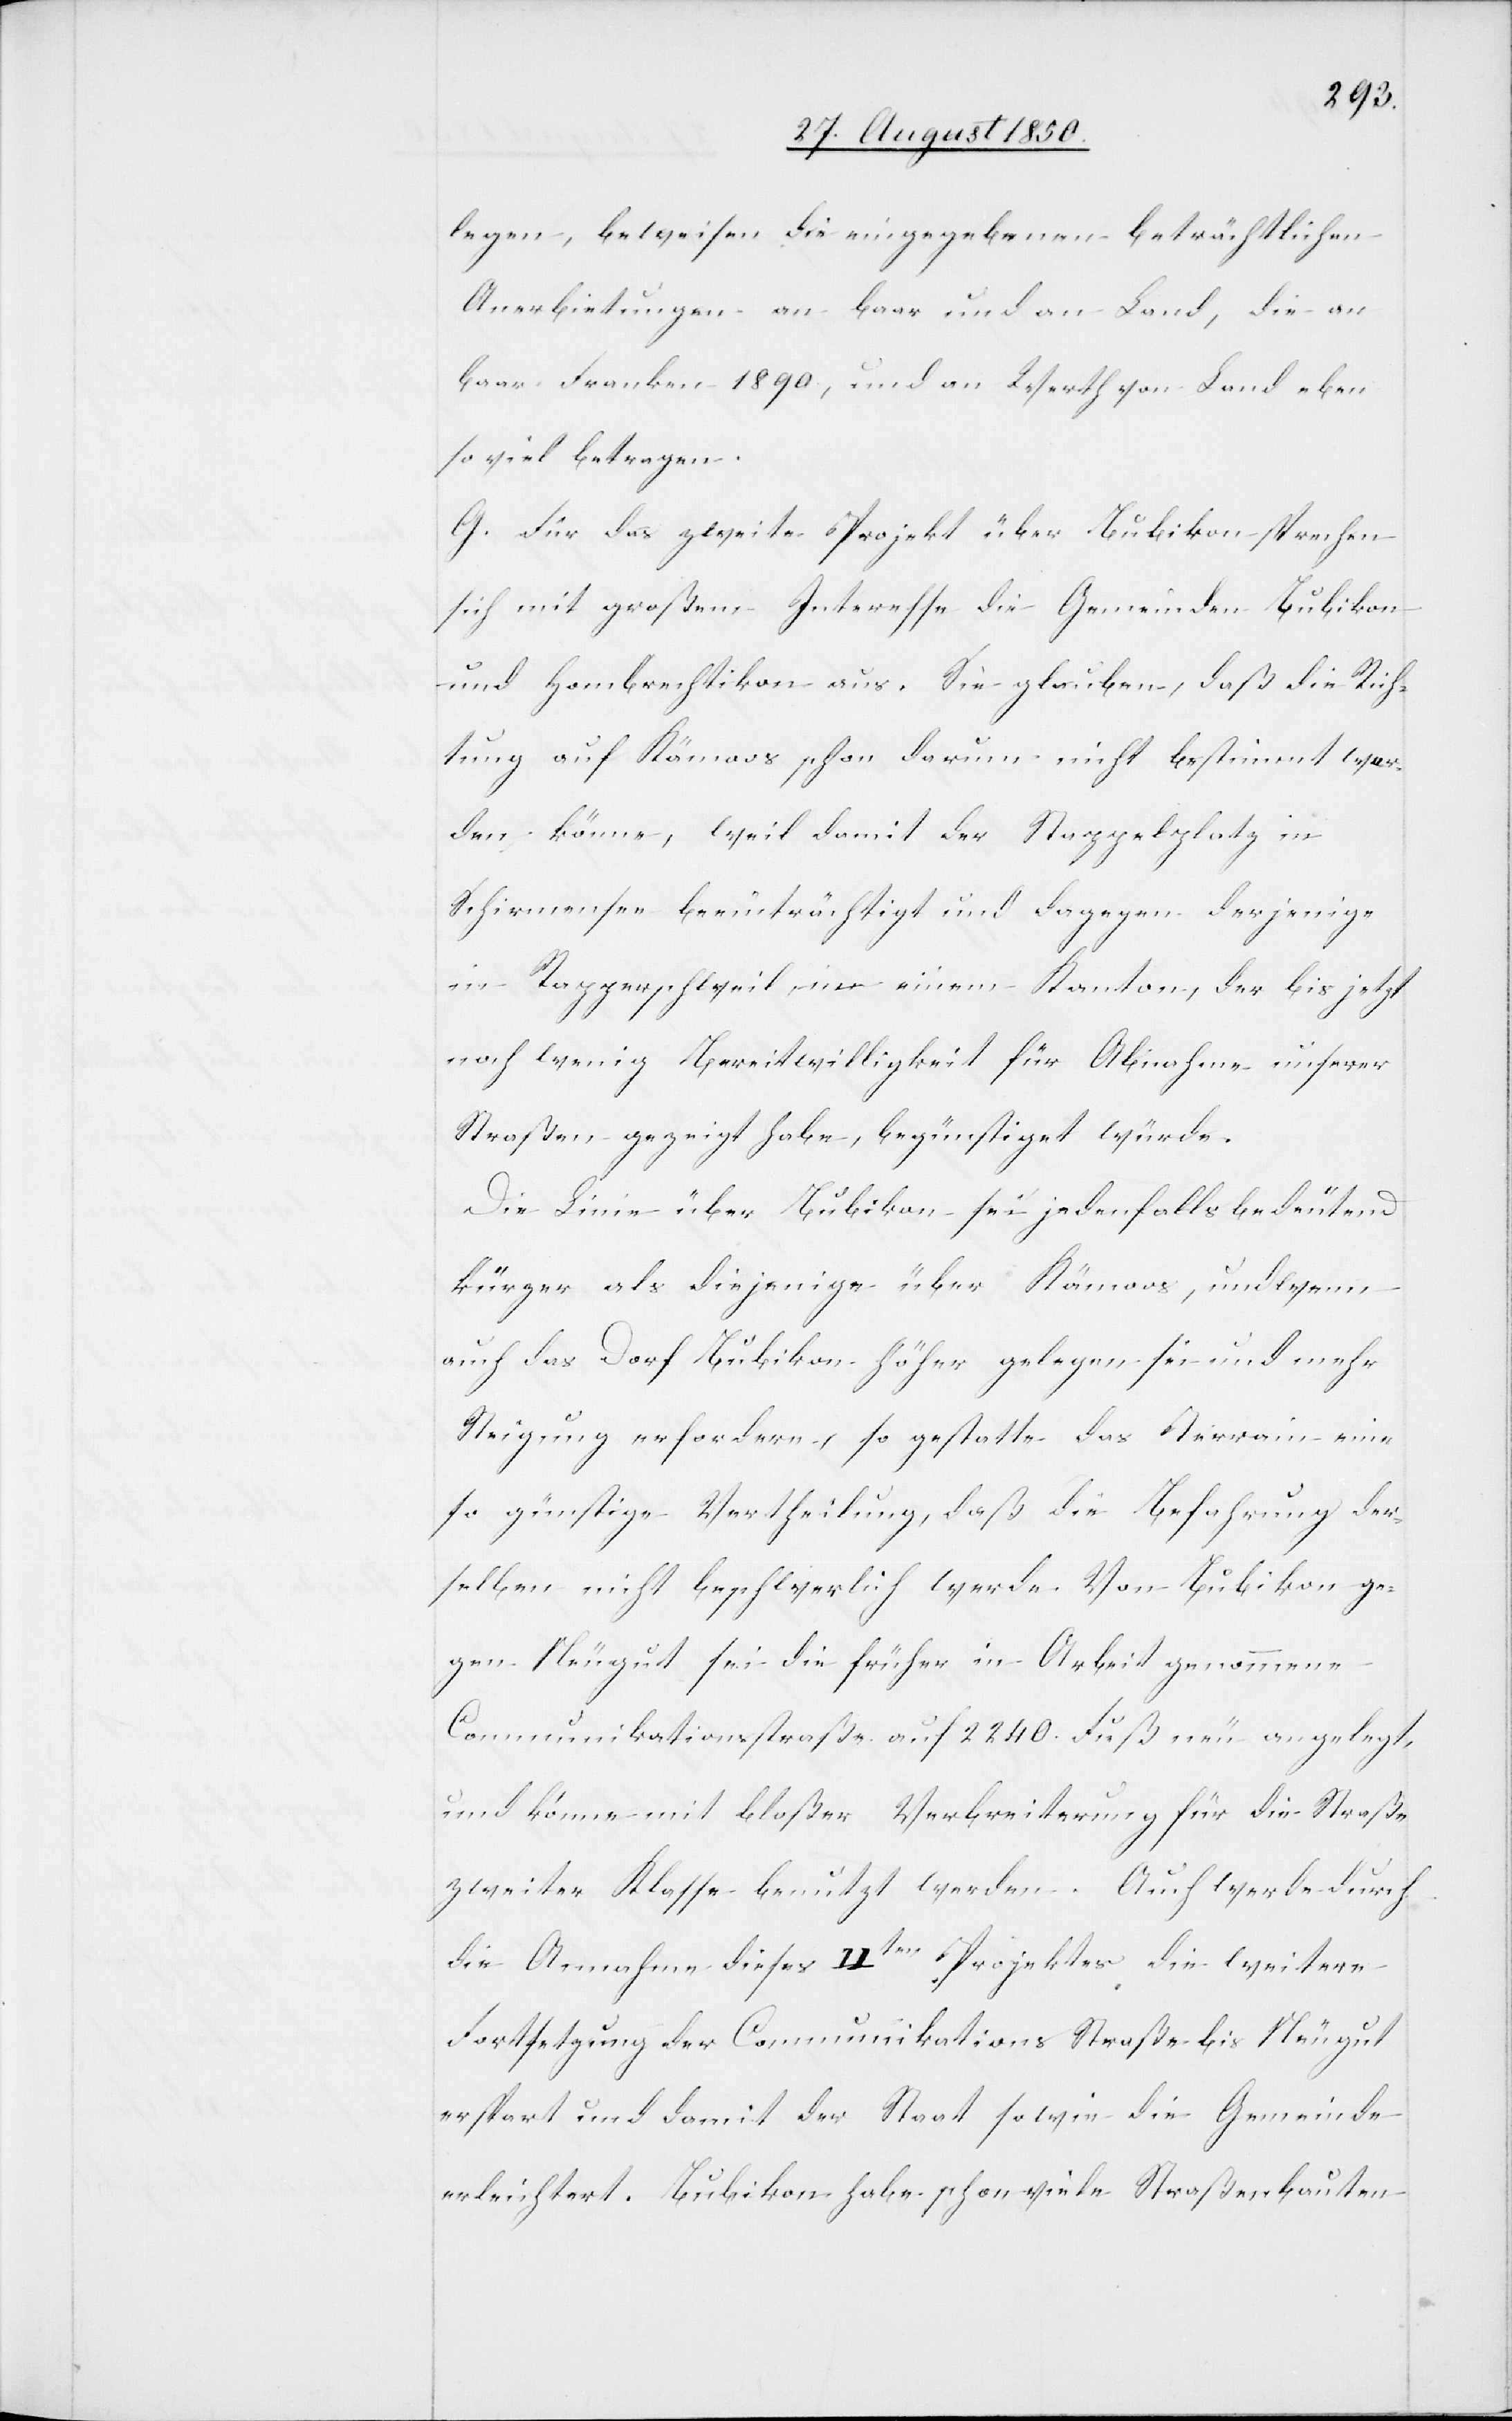
legen, beweisen die eingegebenen beträchtlichen
Anerbietungen an baar und an Land, die an
baar Franken 1890., und an Werth von Land eben
so viel betragen.
G. Für das zweite Projekt über Bubikon sprechen
sich mit großem Interesse die Gemeinden Bubikon
und Hombrechtikon aus. Sie glauben, daß die Rich¬
tung auf Kämoos schon darum nicht bestimmt wer¬
den könne, weil damit der Stappelplatz in
Schirmensee beeinträchtigt und dagegen derjenige
in Rapperschweil, in einem Kanton, der bis jetzt
noch wenig Bereitwilligkeit für Abnahme unserer
Straßen gezeigt habe, begünstiget würde.
Die Linie über Bubikon sei jedenfalls bedeutend
kürzer als diejenige über Kämoos, und wenn
auch das Dorf Bubikon höher gelegen sei und mehr
Steigung erfordern, so gestatte das Terrain eine
so günstige Vertheilung, daß die Befahrung der¬
selben nicht beschwerlich werde. Von Bubi2on ge¬
gen Neugut sei die früher in Arbeit genommene
Communikationsstraße auf 2240. Fuß neu angelegt
und könne mit bloßer Verbreiterung für die Straße
zweiter Klasse benutzt werden. Auch werde durch
die Annahme dieses IIten Projektes die weitere
Fortsetzung der Communikations Straße bis Neugut
erspart und damit der Staat sowie die Gemeinde
erleichtert. Bubikon habe schon viele Straßenbauten